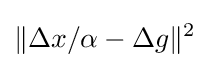
\|\Delta x/\alpha -\Delta g\|^{2}